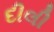
દીલી